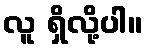
လူ ရှိလို့ပါ။